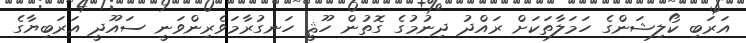
އަރަބި ކޯލިޝަންގެ ހަމަލާތަކަށް ރައްދު ދިނުމުގެ ގޮތުން ހޫޘީ ހަނގުރާމަވެރިންވަނީ ސައޫދީ އަރަބިޔާގެ